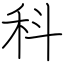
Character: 科